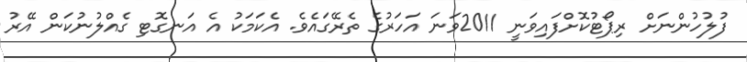
ފުލުހުންނަށް ރިޕޯޓުކޮށްފައިވަނީ 2011ވަނަ އަހަރުގެ ތެރޭގައެވެ. އެކަމަކު އެ އަނގޮޓި ގެއްލުނުކަން އޭރު